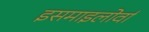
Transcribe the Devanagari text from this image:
इसमाइलोर्वा